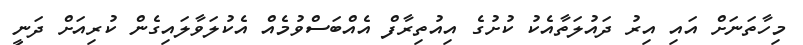
މިހާތަނަށް އައި އިރު ދައުލަތާއެކު ކުށުގެ އިއުތިރާފް އެއްބަސްވުމެއް އެކުލަވާލައިގެން ކުރިއަށް ދަނީ